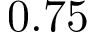
0 . 7 5